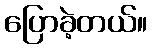
ပြောခဲ့တယ်။